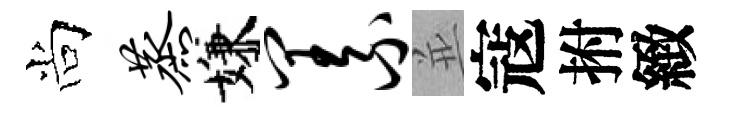
尚蒸嫌义並寇拊緻